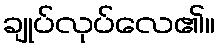
ချုပ်လုပ်လေ၏။